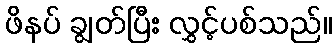
ဖိနပ် ချွတ်ပြီး လွှင့်ပစ်သည်။